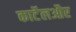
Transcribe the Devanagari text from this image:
कार्टेलऔर